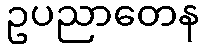
ဥပညာတေန